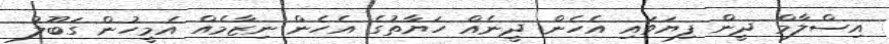
އިސްލާމް ދީން ފިޔަވައި އެހެން ދީނެއް ހަޔާތުގެ އެހެން ނިޒާމެއް އެމީހުން ގަބޫލު